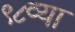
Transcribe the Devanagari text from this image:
९८व्या